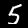
Label: 5